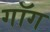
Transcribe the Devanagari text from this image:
गॉग